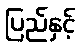
ပြည်နှင့်